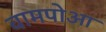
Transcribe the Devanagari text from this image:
वामपोआ